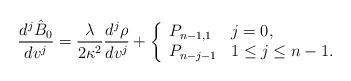
LaTeX: \begin{align*} \frac{d^j\hat{B}_0}{dv^j}=\frac{\lambda}{2\kappa^2}\frac{d^j\rho}{dv^j}+\left\{ \begin{array}{ll} P_{n-1,1} & j=0,\\ P_{n-j-1} & 1\leq j\leq n-1. \end{array}\right.\end{align*}